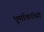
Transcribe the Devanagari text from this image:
पूर्णाकांच्या